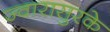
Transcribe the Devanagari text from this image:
ज्वारासुरके